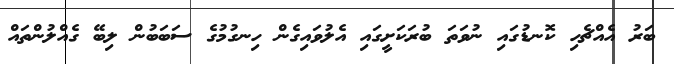
ބަރު އެއްޗެހި ކޮނޑުގައި ނުވަތަ ބުރަކަށީގައި އެލުވައިގެން ހިނގުމުގެ ސަބަބުން ލިބޭ ގެއްލުންތައް